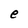
Character: e